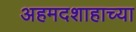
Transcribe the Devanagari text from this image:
अहमदशाहाच्या